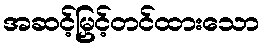
အဆင့်မြှင့်တင်ထားသော